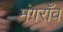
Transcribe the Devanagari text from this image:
मंगराँव